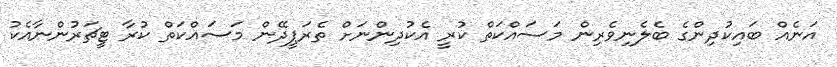
އަނެއް ބައިކުދިންގެ ބެލެނިވެރިން މަސައްކަތް ކުރީ އެކުދިންނަށް ތެރަޕީދޭން މަސައްކަތް ކުރާ ޓީޗަރުންނާއެކު